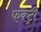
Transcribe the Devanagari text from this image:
फक्ट्री